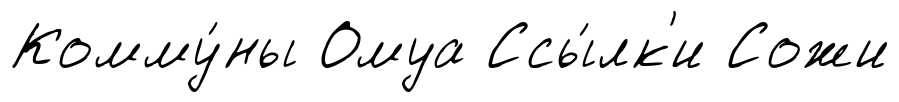
Комму́ны Омуа Ссы́лк'и Сожи